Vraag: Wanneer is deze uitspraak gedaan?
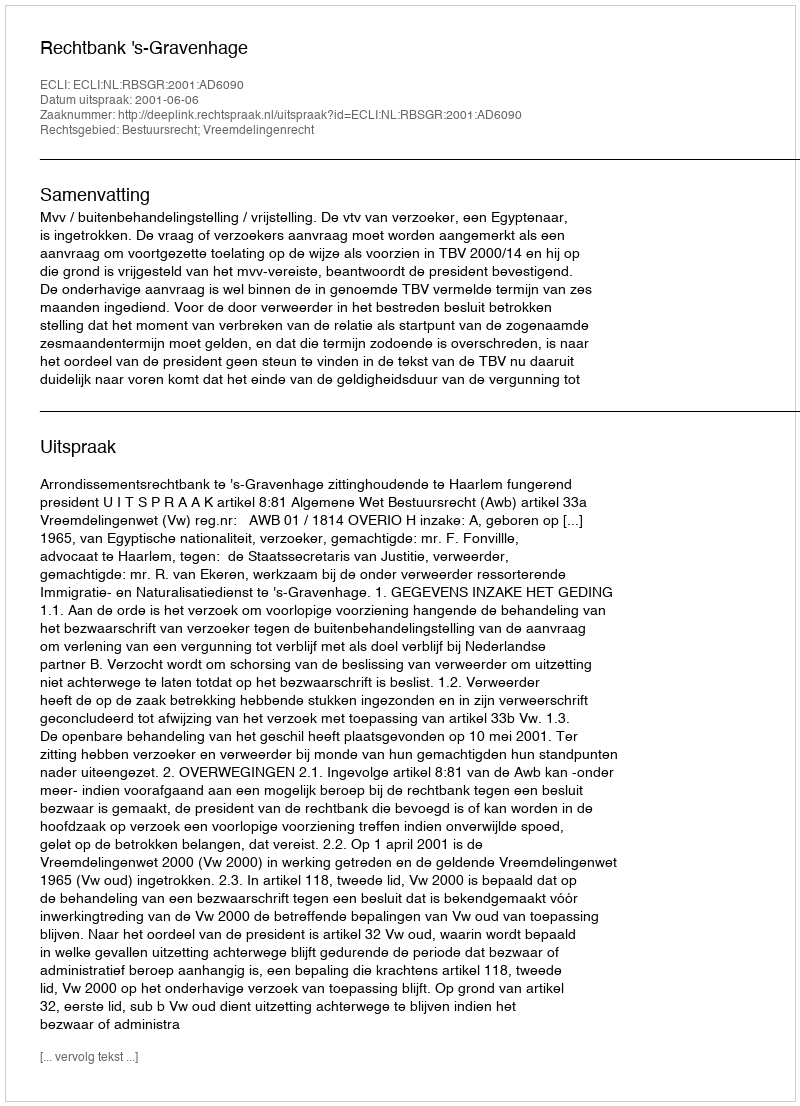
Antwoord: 2001-06-06